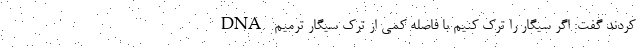
کردند گفت: اگر سیگار را ترک کنیم با فاصله کمی از ترک سیگار ترمیم DNA